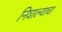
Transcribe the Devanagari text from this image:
निघाल्याचा